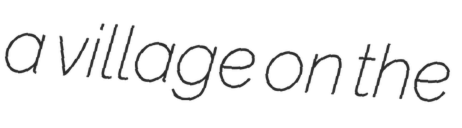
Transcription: a village on the